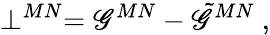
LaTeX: \perp^{MN}=\mathscr{G}^{MN}-\tilde{{\mathscr{G}}}^{MN}~,